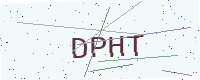
Text: DPHT